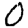
Digit: 0